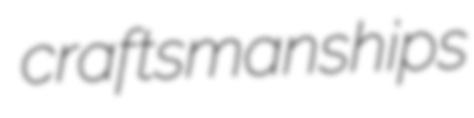
craftsmanships